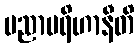
ပညာပရိဟာနီတိ